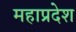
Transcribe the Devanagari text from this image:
महाप्रदेश